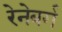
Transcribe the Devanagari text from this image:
रेनेबर्ग